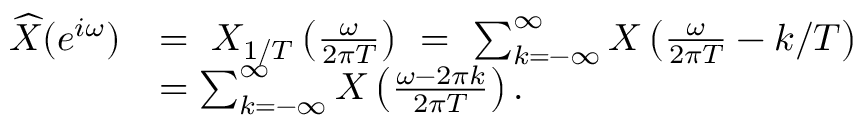
{ \begin{array} { r l } { { \widehat { X } } ( e ^ { i \omega } ) } & { = \ X _ { 1 / T } \left( { \frac { \omega } { 2 \pi T } } \right) \ = \ \sum _ { k = - \infty } ^ { \infty } X \left( { \frac { \omega } { 2 \pi T } } - k / T \right) } \\ & { = \sum _ { k = - \infty } ^ { \infty } X \left( { \frac { \omega - 2 \pi k } { 2 \pi T } } \right) . } \end{array} }